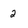
Character: 2